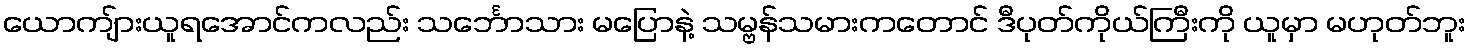
ယောကျ်ားယူရအောင်ကလည်း သင်္ဘောသား မပြောနဲ့ သမ္ဗန်သမားကတောင် ဒီပုတ်ကိုယ်ကြီးကို ယူမှာ မဟုတ်ဘူး